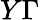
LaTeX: Y\Gamma